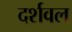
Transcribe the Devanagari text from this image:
दर्शवल